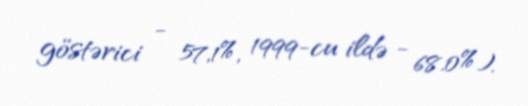
göstərici - 57,1%, 1999-cu ildə - 68.0%).